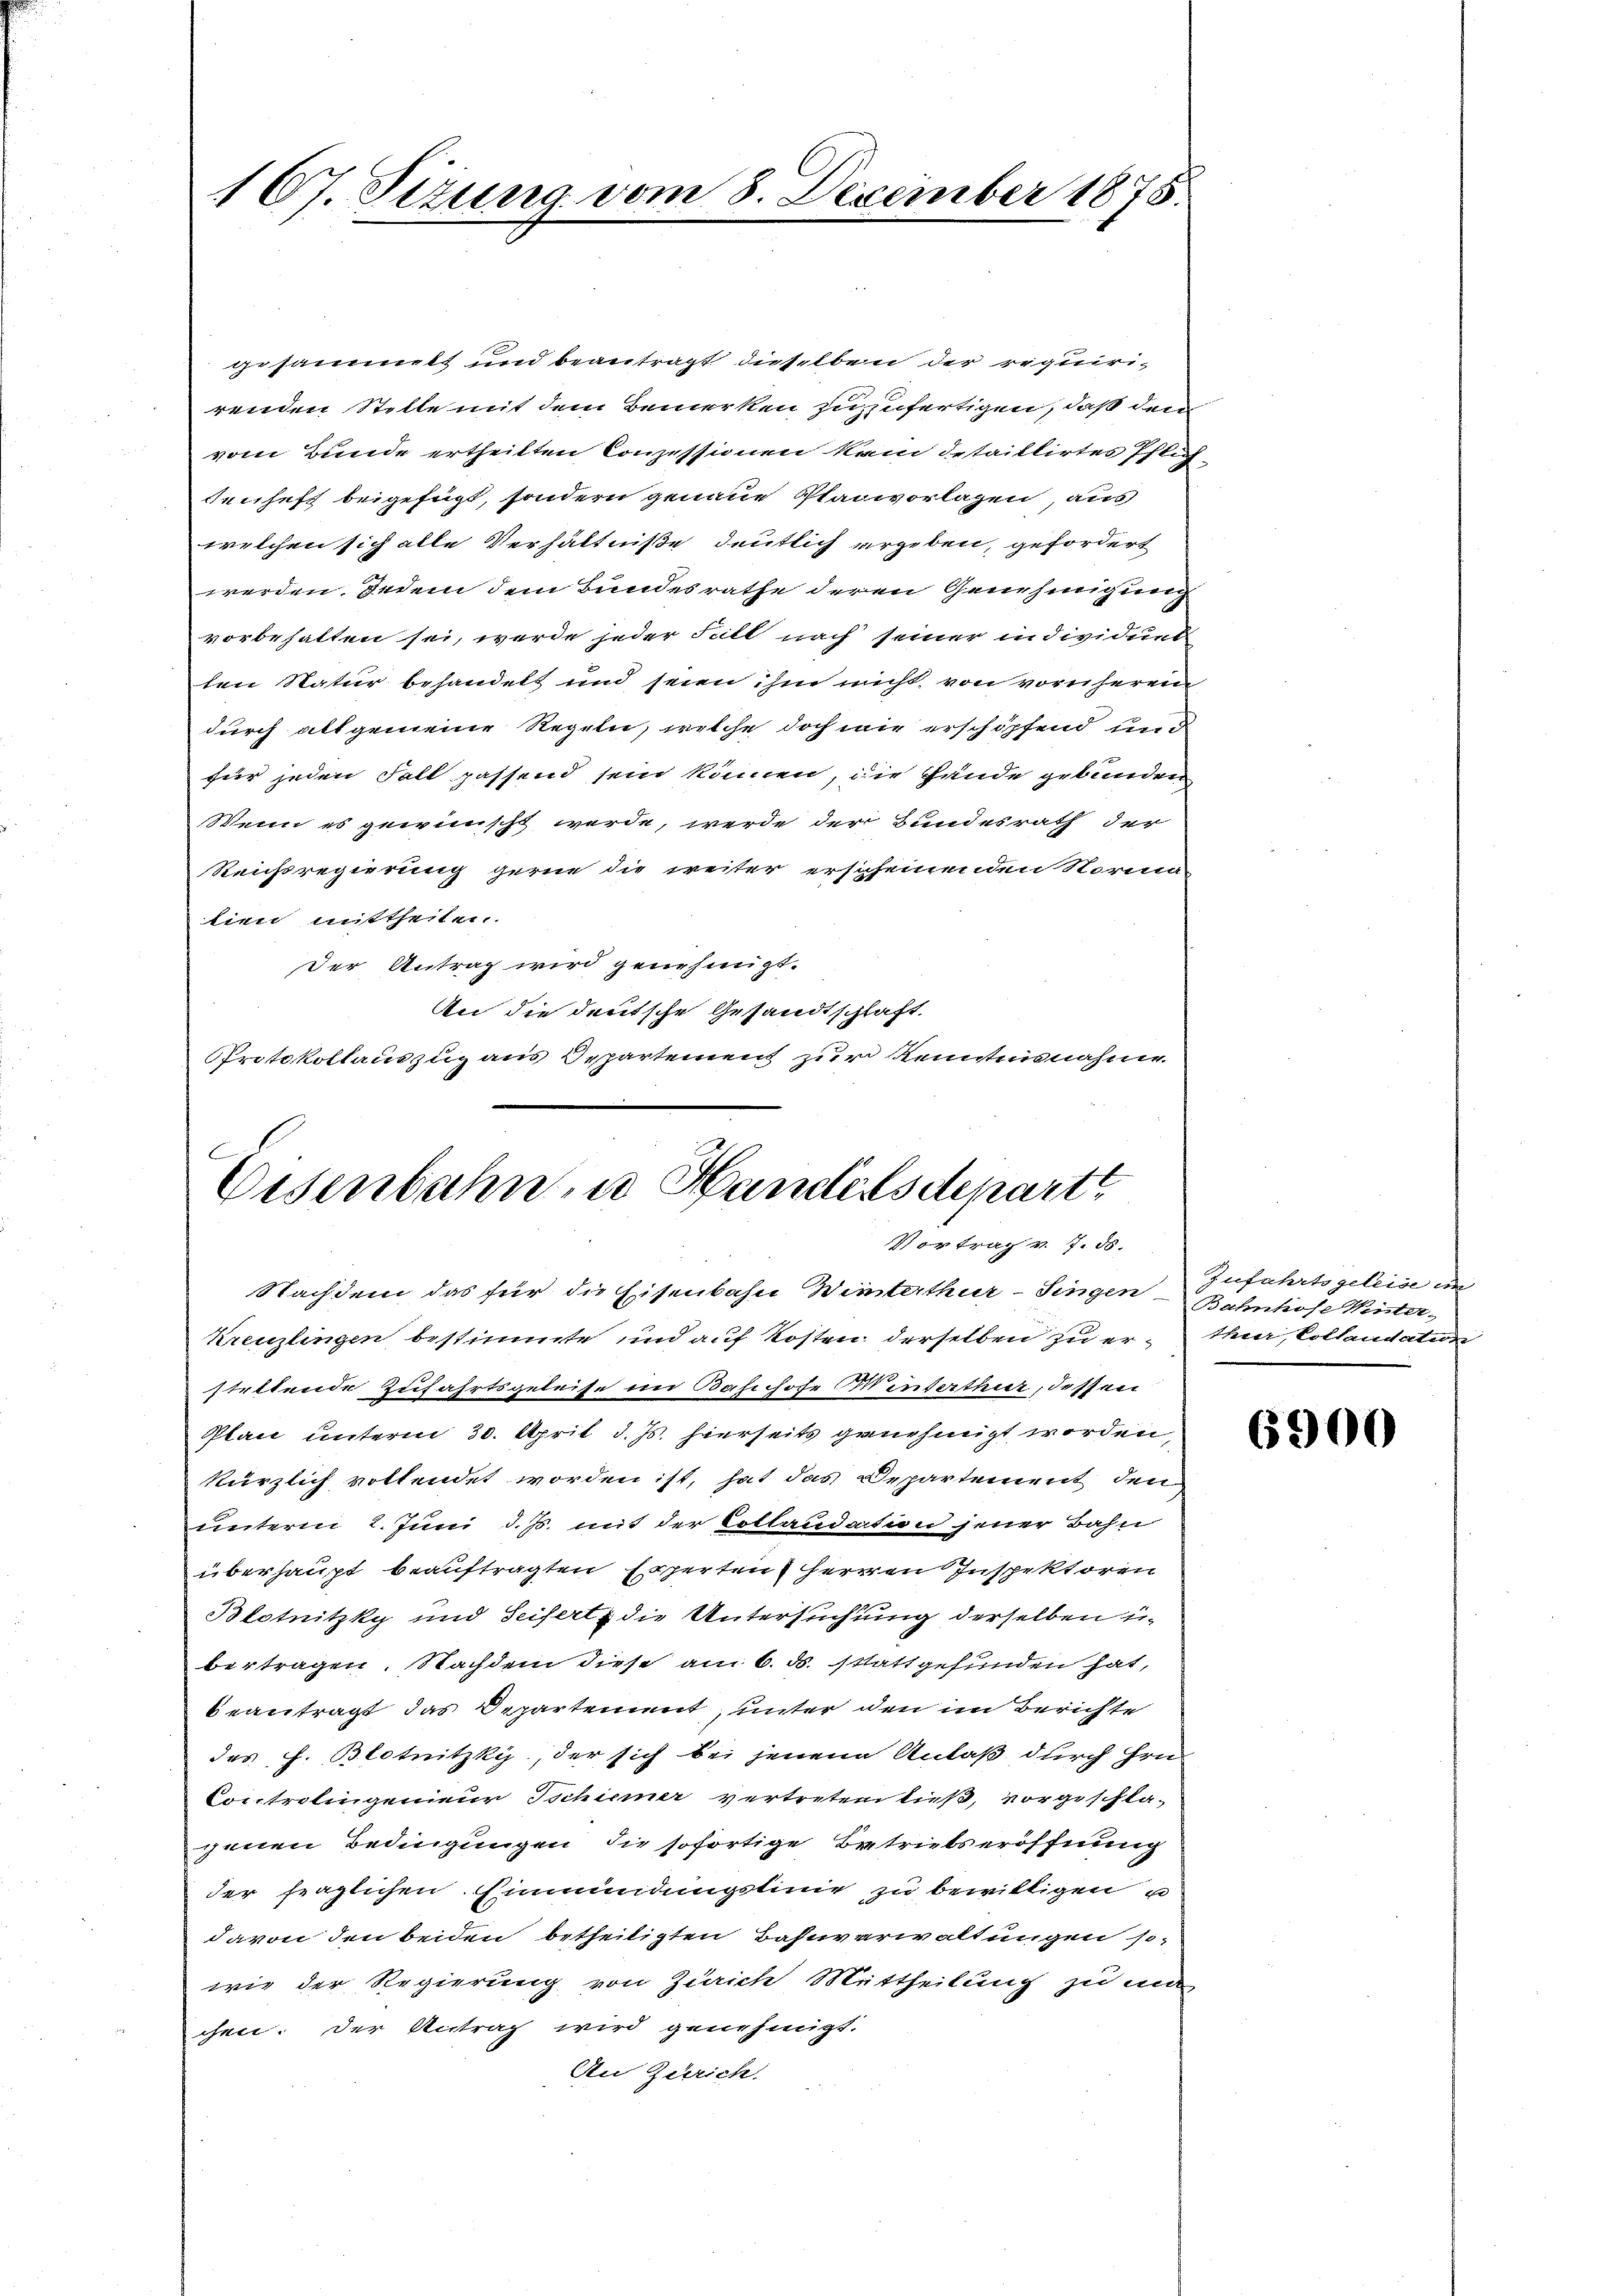
167. Sizung vom 8. Dezember 1878.

gesammt und beantragt dieselben der requiri-
renden Stelle mit dem Bemerken zuzufertigen, daß den
vom Bunde ertheilten Conzessionen kein detaillirtes Pflich
senheft beigefügt, sondern genaue Planvorlagen, aus
welchen sich alle Verhältniße deutlich ergeben, gefordert
werden. Jedem dem Bundesrathe deren Genehmigung
vorbehalten sei, werde jeder Fall nach seiner individuel
ten Natur behandelt und seien ihm nicht, von vornheren
durch allgemeine Regeln, welche doch wie erschöpfend un
für jeden Fall passend sein können, die Hände gebunden
Wenn es gewünscht werde, werde der Bundesrath der
Reichsregierung gerne die weiter erscheinenden Norene
tien mittheilen.
der Antrag wird genehmigt.
An die deutsche Gesandtschlaft
Protokollauszug aus Departement zur Kenntnisnahme.

Eisenbahn, u. Handelsdepartt
Vortrag v. 7. ds.

Nachdem das für die Eisenbahn Winterthur–Singen Bahnhofe Winter¬
Kreuzlingen bestimmte und auf Kosten derselben zu erstettende Zufahrtsgeleise im Bahnhofe Winterthur, dessen
Plan unterm 30. April d. Js. hierseits genehmigt worden,
kürzlich vottendet worden ist, hat das Departement den
unterm 2. Juni d. Js. mit der Collaudation jener Bahn
überhaupt beauftragten Experten Herren Inspektoren
Blotnitzky und Seifert, die Untersuchung derselben ibertragen. Nachdem diese am 6. ds. stattgefunden hat,
beantragt das Departement, unter den im Berichte
des J. Blotnitzky, der sich bei jenen Anlaß durch Hrn.
Controlingenieur Ischiener vertreten ließ, vorgeschla-
genen Bedingungen die sofortige Betriebseröffnung
der fraglichen Einmündungslinie zu bewilligen u
davon den beiden betheiligten Bahnverwaltungen so
wie der Regierung von Zürich Mittheilung zu mi
chen. Der Antrag wird genehmigt.
An Zürich.

Zufahrtsgeleise im
theer, Collaudation

6900